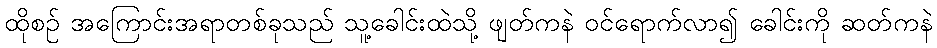
ထိုစဉ် အကြောင်းအရာတစ်ခုသည် သူ့ခေါင်းထဲသို့ ဖျတ်ကနဲ ဝင်ရောက်လာ၍ ခေါင်းကို ဆတ်ကနဲ